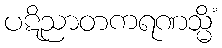
ပဋိညာတကရဏသ္မိံ